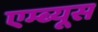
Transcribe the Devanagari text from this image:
एम्ब्यूस